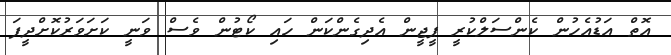
އޮތް އަޑުއެހުން ކެންސަލްކުރީ ޕީޖީން އެދިގެންކަން ހައި ކޯޓުން ވެސް ވަނީ ކަށަވަރުކޮށްދީފަ